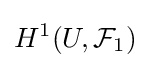
H^{1}(U,{\mathcal {F}}_{1})